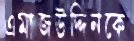
এমাজউদ্দিনকে